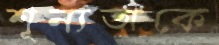
শূন্যতাকে